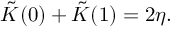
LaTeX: \tilde { K } ( 0 ) + \tilde { K } ( 1 ) = 2 \eta .